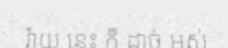
រ៉ាយ នេះ ក៏ ដាច់ អស់